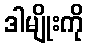
ဒါမျိုးကို